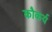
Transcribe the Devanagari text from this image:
कौकर्य